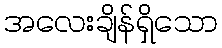
အလေးချိန်ရှိသော